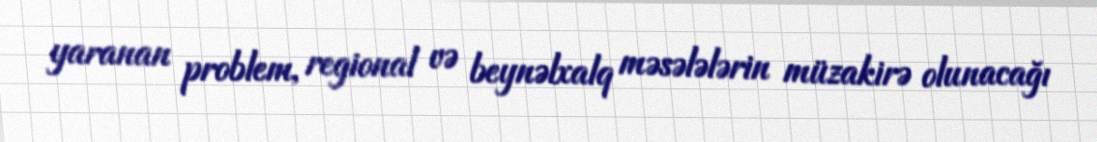
yaranan problem, regional və beynəlxalq məsələlərin müzakirə olunacağı